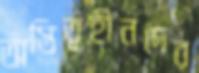
অস্তিত্বহীনদের